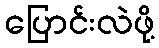
ပြောင်းလဲဖို့